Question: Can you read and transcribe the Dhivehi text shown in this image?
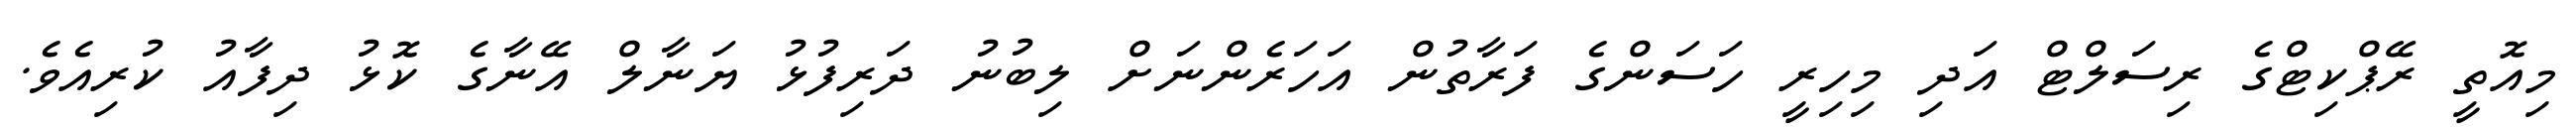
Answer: މިއޮތީ ރޭޕްކިޓްގެ ރިސަލްޓް އަދި މިހިރީ ހަސަންގެ ފަރާތުން އަހަރެންނަށް ލިބުނު ދަރިފުޅު ޔަނާލް އޭނާގެ ކޮޅު ދިފާއު ކުރިއެވެ.